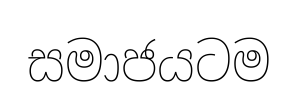
සමාජයටම